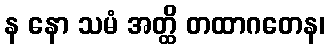
န နော သမံ အတ္ထိ တထာဂတေန၊